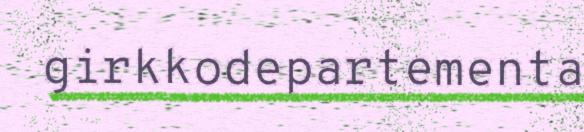
girkkodepartementa